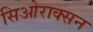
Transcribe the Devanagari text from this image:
सिओराक्सन